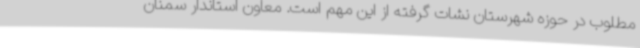
مطلوب در حوزه شهرستان نشات گرفته از این ‌مهم است. معاون استاندار سمنان